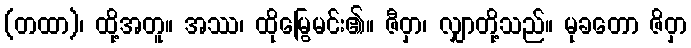
(တထာ)၊ ထို့အတူ။ အဿ၊ ထိုမြွေမင်း၏။ ဇီဝှာ၊ လျှာတို့သည်။ မုခတော ဇိဝှာ